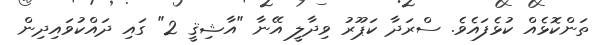
ތަންކޮޅެއް ކުޅެފައެވެ. ސްރަދާ ކަޕޫރު ވިދާލީ އޭނާ "އާޝިޤީ 2" ގައި ދައްކުވައިދިން